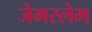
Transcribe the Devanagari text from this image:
जेमस्लेभ